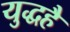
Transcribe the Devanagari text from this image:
युद्धहै